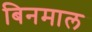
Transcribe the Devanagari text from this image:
बिनमाल